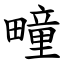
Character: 疃